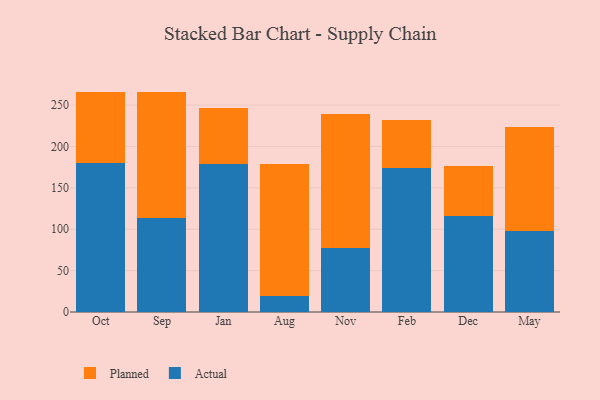
{"axis": {"x": "Month", "y": "Latency (ms)"}, "legend": ["Actual", "Planned"], "data": [{"x": "Oct", "y": 179.9, "type": "Actual"}, {"x": "Oct", "y": 86.4, "type": "Planned"}, {"x": "Sep", "y": 113.0, "type": "Actual"}, {"x": "Sep", "y": 153.2, "type": "Planned"}, {"x": "Jan", "y": 179.4, "type": "Actual"}, {"x": "Jan", "y": 67.3, "type": "Planned"}, {"x": "Aug", "y": 19.8, "type": "Actual"}, {"x": "Aug", "y": 159.0, "type": "Planned"}, {"x": "Nov", "y": 77.5, "type": "Actual"}, {"x": "Nov", "y": 162.3, "type": "Planned"}, {"x": "Feb", "y": 174.4, "type": "Actual"}, {"x": "Feb", "y": 57.5, "type": "Planned"}, {"x": "Dec", "y": 116.4, "type": "Actual"}, {"x": "Dec", "y": 60.1, "type": "Planned"}, {"x": "May", "y": 98.0, "type": "Actual"}, {"x": "May", "y": 125.7, "type": "Planned"}]}